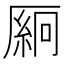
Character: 𫨛